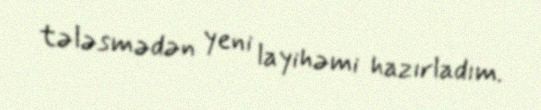
tələsmədən yeni layihəmi hazırladım.